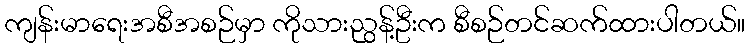
ကျန်းမာရေးအစီအစဉ်မှာ ကိုသားညွန့်ဦးက စီစဉ်တင်ဆက်ထားပါတယ်။